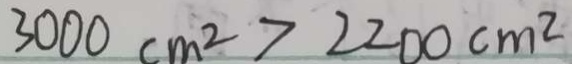
3 0 0 0 c m ^ { 2 } > 2 2 0 0 c m ^ { 2 }